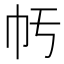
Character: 𢁢